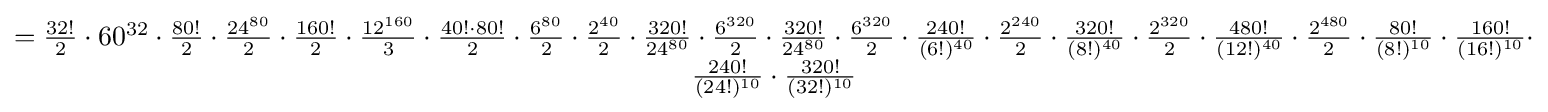
{\begin{matrix}={\frac {32!}{2}}\cdot 60^{32}\cdot {\frac {80!}{2}}\cdot {\frac {24^{80}}{2}}\cdot {\frac {160!}{2}}\cdot {\frac {12^{160}}{3}}\cdot {\frac {40!\cdot 80!}{2}}\cdot {\frac {6^{80}}{2}}\cdot {\frac {2^{40}}{2}}\cdot {\frac {320!}{24^{80}}}\cdot {\frac {6^{320}}{2}}\cdot {\frac {320!}{24^{80}}}\cdot {\frac {6^{320}}{2}}\cdot {\frac {240!}{(6!)^{40}}}\cdot {\frac {2^{240}}{2}}\cdot {\frac {320!}{(8!)^{40}}}\cdot {\frac {2^{320}}{2}}\cdot {\frac {480!}{(12!)^{40}}}\cdot {\frac {2^{480}}{2}}\cdot {\frac {80!}{(8!)^{10}}}\cdot {\frac {160!}{(16!)^{10}}}\cdot \\{\frac {240!}{(24!)^{10}}}\cdot {\frac {320!}{(32!)^{10}}}\end{matrix}}